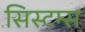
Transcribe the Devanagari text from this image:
सिस्टम्स